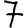
Digit: 7